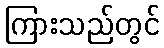
ကြားသည်တွင်